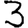
Digit: 3